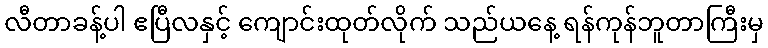
လီတာခန့်ပါ ဧပြီလနှင့် ကျောင်းထုတ်လိုက် သည်ယနေ့ ရန်ကုန်ဘူတာကြီးမှ